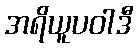
အရိယူပဝါဒီ